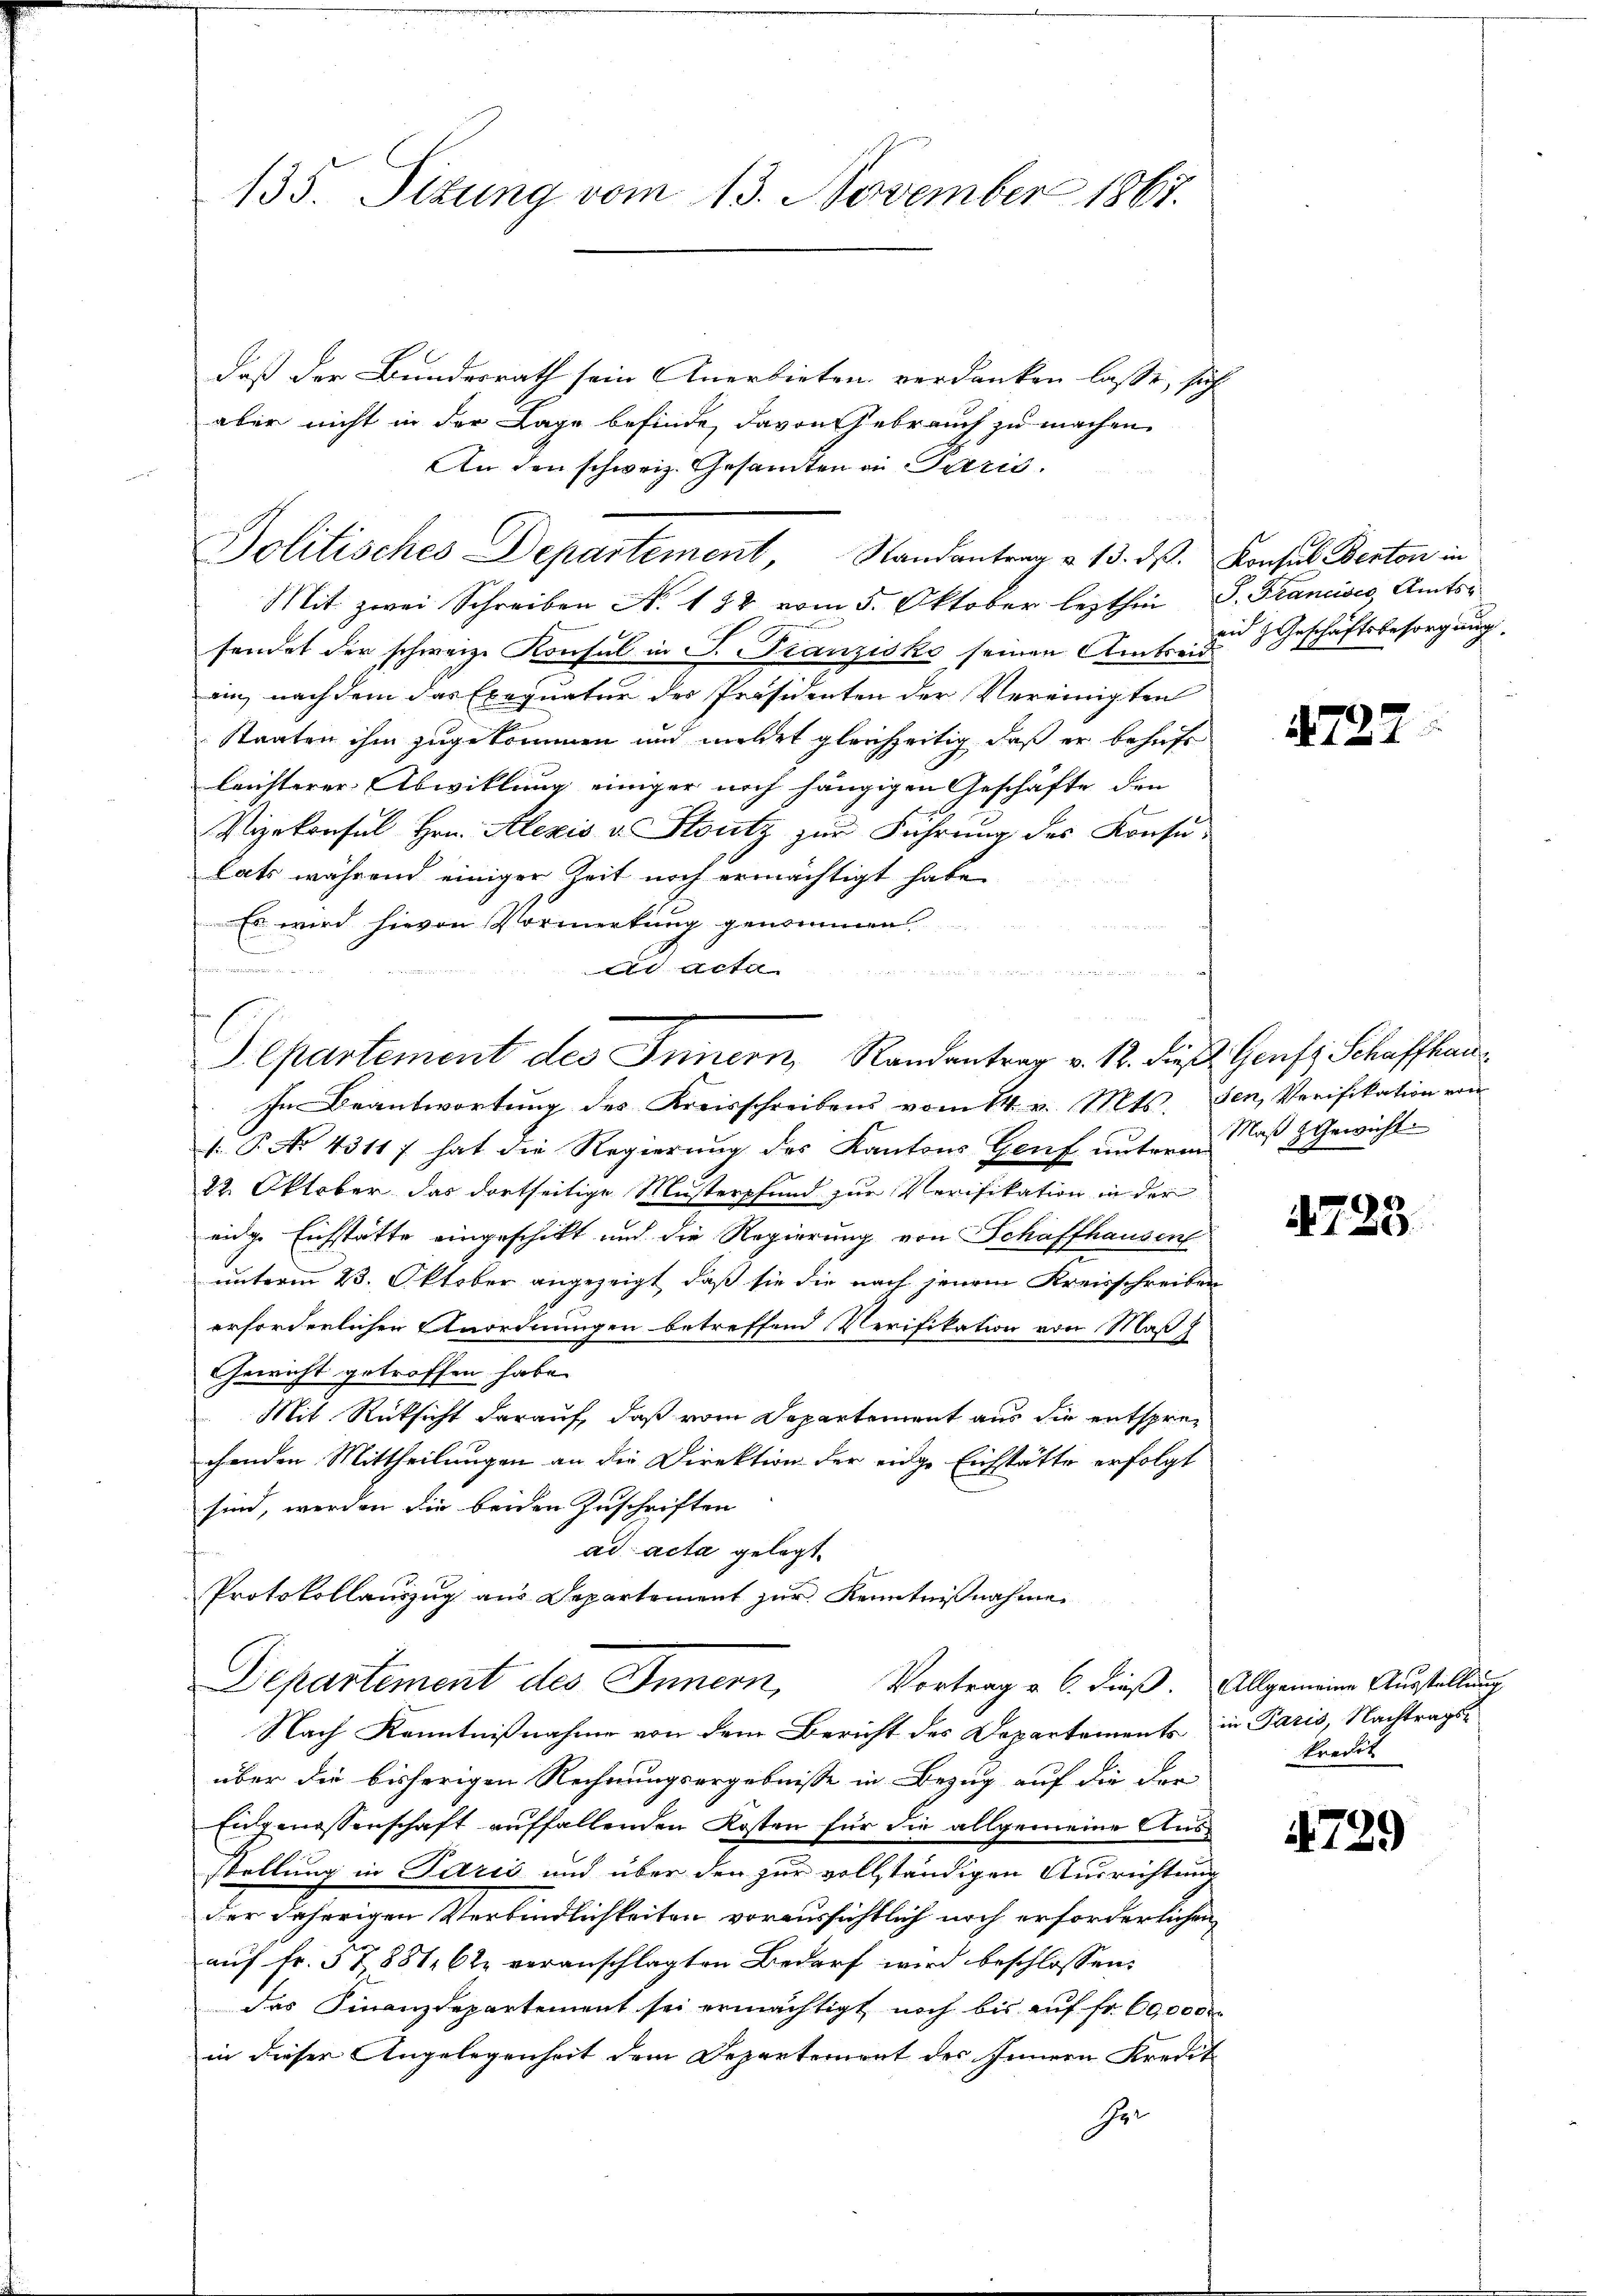
135. Sizung vom 13. November 1867.

Politisches Departement, Randantrag v. 13. ds. Konsul Berton in

daß der Bundesrath sein Anerbieten verdanken lasse, sich
aber nicht in der Lage befinde, davon Gebrauch zu machen.
An den schweiz. Gesamten in Paris.

t
Separtement des Innern, Randantrag v. 18. dieß Genfs Schaffhau¬

Mit zwei Schreiben N. 182 vom 5. Oktober lezthin S. Francisco, Amtssendet der schweiz. Konsul in P. Franzisko seinen Amtseid
an, nachdem das Exequatur des Präsidenten der Vereinigten
Staaten ihm zugekommen und meldet gleichzeitig, daß er behufs
leichterer Abwicklung einiger noch hängigen Geschäfte den
f
Vizekonsul Hrn. Alexis v. Stutz zur Führung des Konsu-
Lats während einiger Zeit noch ermächtigt habe.
Es wird hievon Vormerkung genommen.
f
dr acta
n
a
In Beantwortung des Kreisschreibens vom 14. v. Mts. den Verifikation von
 P. No 4311 7 hat die Regierung des Kantons Genf unterm Maß & Gewicht
22. Oktober das dortseitige Musterpfand zur Verifikation in der
eidge Eichstätte eingeschickt und die Regierung von Schaffhausen
unterm 23. Oktober angezeigt, daß sie die nach jenem Kreisschreiben
erforderlichen Anordnungen betreffend Verifikation von Maß
Gewicht getroffen habe.
Mit Rücksicht darauf, daß vom Departement aus die entsprechenden Mittheilungen an die Direktion der eidge Eichstätte erfolgt
sind, werden die beiden Zuschriften
ad acta gelegt.
Protokollauszug aus Departement zur Kenntnißnahme
Departement des Innern,
Vortrag v. 6. dieß Allgemeine Ausstellung
Nach Kenntnißnahme von dem Bericht des Departements in Paris, Nachtragsüber die bisherigen Rechnungsergebnisse in Bezug auf die dor
Eigenossenschaft auffallenden Kosten für die allgemeine Ausstellung in Paris und über den zur vollständigen Ausrichtung
der daherigen Verbindlichkeiten voraussichtlich noch erforderlichen
auf Fr. 5788. 62 veranschlagten Bedarf wird beschlossen:
das Finanzdepartement sei ermächtigt noch bis auf fr. 6000 dr
in dieser Angelegenheit dem Departement des Innern Streit
Ger

eid Geschäftsbesorgung.

4727

4723

kredit

4729